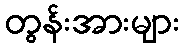
တွန်းအားများ